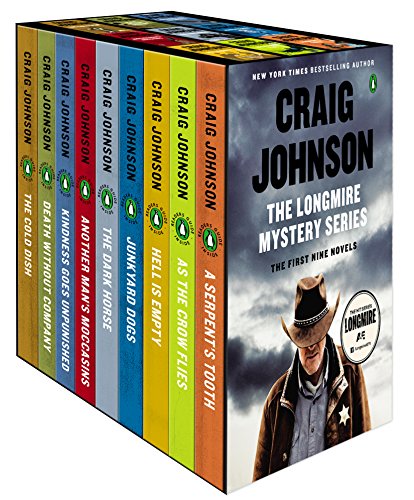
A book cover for The Longmire Mystery Series Boxed Set Volumes 1-9 (Walt Longmire Mystery); Craig Johnson; Mystery, Thriller & Suspense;